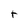
Character: t